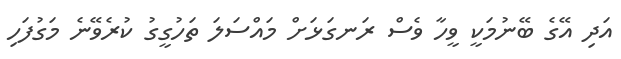
އަދި އޭގެ ބޭނުމަކީ ވީހާ ވެސް ރަނގަޅަށް މައްސަލަ ތަހުގީގު ކުރެވޭނެ މަގުފަހި